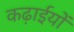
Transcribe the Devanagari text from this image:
कढ़ाईयों